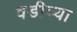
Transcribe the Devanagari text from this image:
वडीच्या